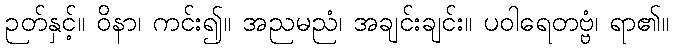
ဉတ်နှင့်။ ဝိနာ၊ ကင်း၍။ အညမညံ၊ အချင်းချင်း။ ပဝါရေတဗ္ဗံ၊ ရာ၏။